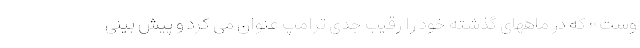
وست» که در ماههای گذشته خود را رقیب جدی ترامپ عنوان می کرد و پیش بینی